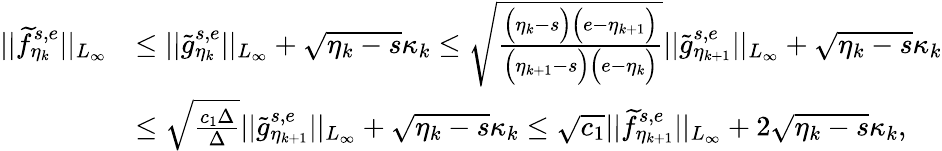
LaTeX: \begin{array}{rl}{\vert\vert\widetilde{f}_{\eta_{k}}^{s,e}\vert\vert_{L_{\infty}}}&{\leq\vert\vert\widetilde{g}_{\eta_{k}}^{s,e}\vert\vert_{L_{\infty}}+\sqrt{\eta_{k}-s}\kappa_{k}\leq\sqrt{\frac{\Big(\eta_{k}-s\Big)\Big(e-\eta_{k+1}\Big)}{\Big(\eta_{k+1}-s\Big)\Big(e-\eta_{k}\Big)}}\vert\vert\widetilde{g}_{\eta_{k+1}}^{s,e}\vert\vert_{L_{\infty}}+\sqrt{\eta_{k}-s}\kappa_{k}}\\ &{\leq\sqrt{\frac{c_{1}\Delta}{\Delta}}\vert\vert\widetilde{g}_{\eta_{k+1}}^{s,e}\vert\vert_{L_{\infty}}+\sqrt{\eta_{k}-s}\kappa_{k}\leq\sqrt{c_{1}}\vert\vert\widetilde{f}_{\eta_{k+1}}^{s,e}\vert\vert_{L_{\infty}}+2\sqrt{\eta_{k}-s}\kappa_{k},}\end{array}